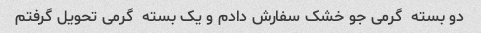
دو بسته  گرمی جو خشک سفارش دادم و یک بسته  گرمی تحویل گرفتم